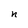
Character: n